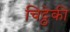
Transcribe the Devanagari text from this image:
चिट्ठेकी